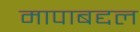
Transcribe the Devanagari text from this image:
मापाबद्दल